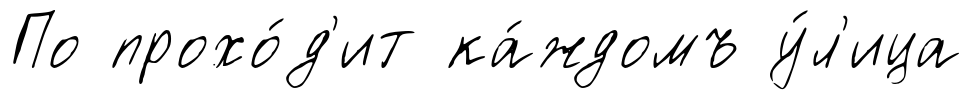
По прохо́д'ит ка́ждомъ у́л'ица